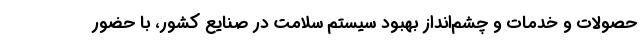
حصولات و خدمات و چشم‌انداز بهبود سیستم سلامت در صنایع کشور، با حضور